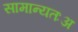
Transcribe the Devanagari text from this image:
सामान्यतःअ